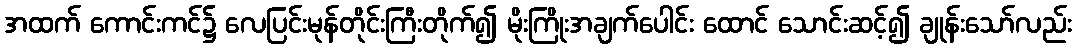
အထက် ကောင်းကင်၌ လေပြင်းမုန်တိုင်းကြီးတိုက်၍ မိုးကြိုးအချက်ပေါင်း ထောင် သောင်းဆင့်၍ ချုန်းသော်လည်း